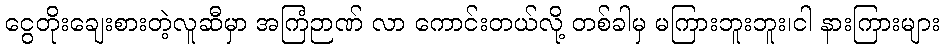
ငွေတိုးချေးစားတဲ့လူဆီမှာ အကြံဉာဏ် လာ ကောင်းတယ်လို့ တစ်ခါမှ မကြားဘူးဘူး၊ငါ နားကြားများ